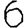
Digit: 6